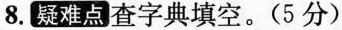
8.疑难点查字典填空。(5分)